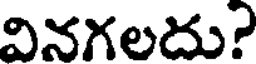
వినగలదు?